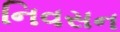
નિવસન